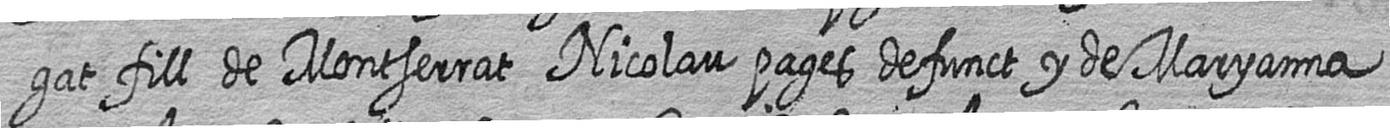
gat fill de Montserrat Nicolau pages defunct y de Maryanna